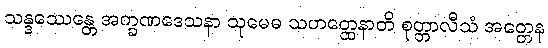
သန္ဒဿေန္တေ အက္ခဏဒေသနာ သုမေဓ သဟတ္ထေနာတိ စုတ္တာလီသံ အတ္တေန